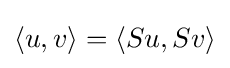
\langle u,v\rangle =\langle Su,Sv\rangle